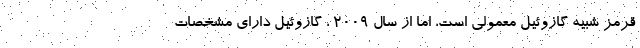
قرمز شبیه گازوئیل معمولی است، اما از سال 2009 ، گازوئیل دارای مشخصات